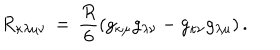
LaTeX: R _ { \kappa \lambda \mu \nu } \, = \, \frac { R } { 6 } \left( g _ { \kappa \mu } g _ { \lambda \nu } - g _ { \kappa \nu } g _ { \lambda \mu } \right) .